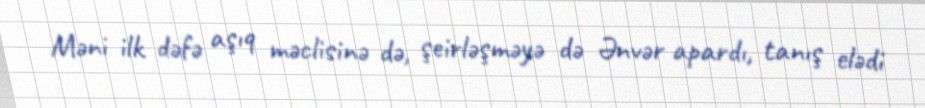
Məni ilk dəfə aşıq məclisinə də, şeirləşməyə də Ənvər apardı, tanış elədi